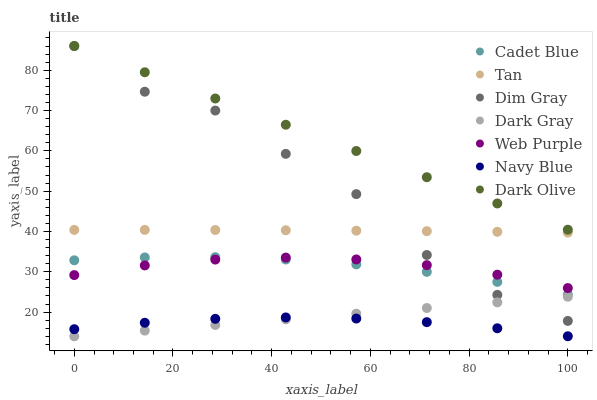
| xaxis_label | Cadet Blue | Tan | Dim Gray | Dark Gray | Web Purple | Navy Blue | Dark Olive |
 | --- | --- | --- | --- | --- | --- | --- | --- |
 | 0 | 32.8 | 40.4 | 86 | 14 | 29.2 | 15.8 | 86 |
 | 14.3 | 33.6 | 40.4 | 74.7 | 15.4 | 31.6 | 17.3 | 79.5 |
 | 28.6 | 33.6 | 40.4 | 70 | 16.8 | 33 | 18.3 | 73 |
 | 42.9 | 33 | 40.3 | 59.2 | 18.2 | 33.5 | 18.7 | 66.5 |
 | 57.1 | 31.8 | 40.2 | 49.3 | 19.6 | 33.1 | 18.4 | 60 |
 | 71.4 | 30 | 40.1 | 34.2 | 21 | 31.6 | 17.5 | 53.4 |
 | 85.7 | 27.5 | 39.9 | 24.3 | 22.4 | 29.3 | 16 | 46.9 |
 | 100 | 24.4 | 39.7 | 17.8 | 23.8 | 26 | 14 | 40.4 |